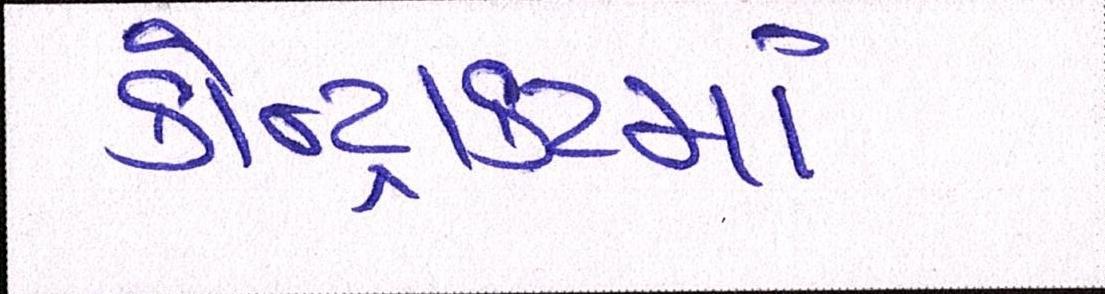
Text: કોન્ટ્રાકટમાં